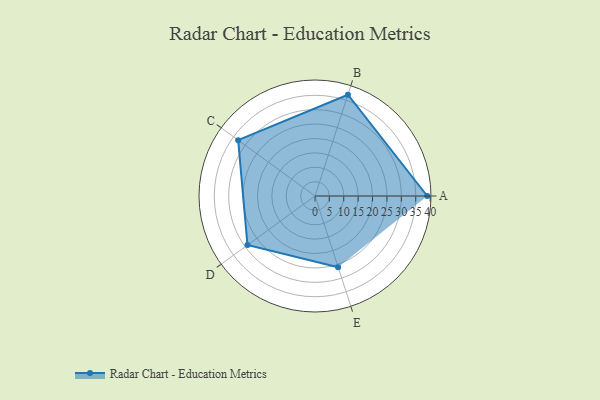
{"axis": {"x": "Skill", "y": "Score"}, "legend": ["Profile"], "data": [{"x": "A", "y": 39.0, "type": "Profile"}, {"x": "B", "y": 37.0, "type": "Profile"}, {"x": "C", "y": 33.0, "type": "Profile"}, {"x": "D", "y": 29.0, "type": "Profile"}, {"x": "E", "y": 26.0, "type": "Profile"}]}